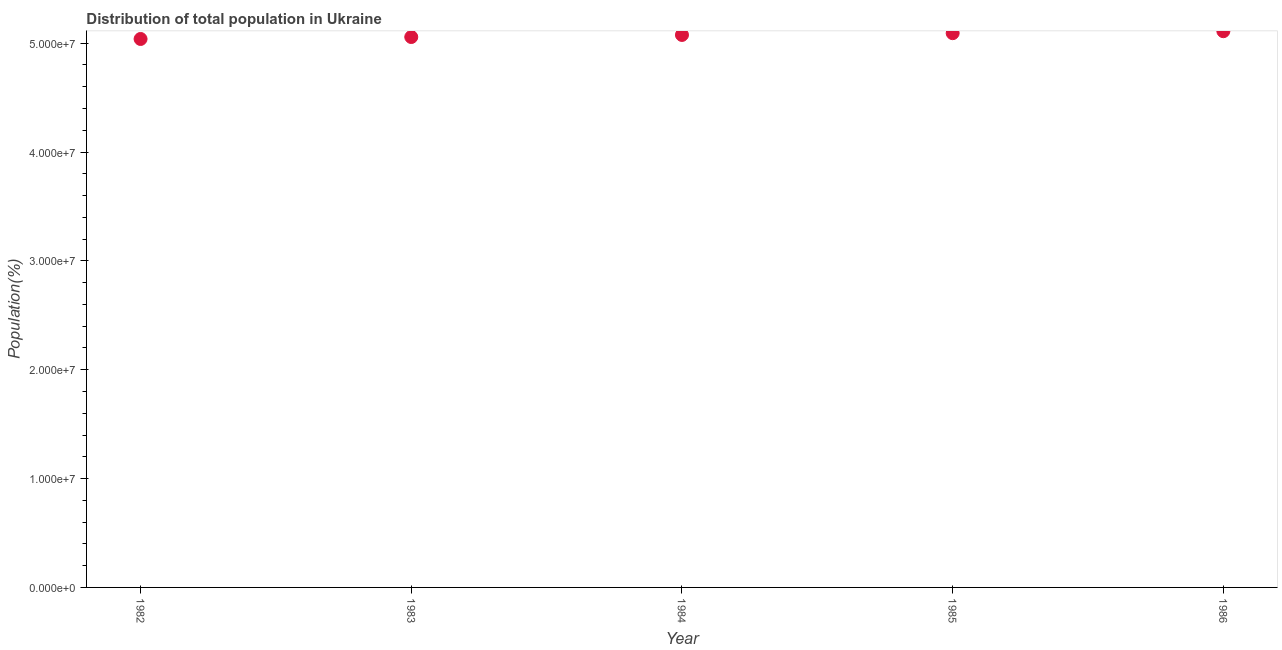
| Year | Total |
 | --- | --- |
 | 1982 | 5.04e+07 |
 | 1983 | 5.06e+07 |
 | 1984 | 5.08e+07 |
 | 1985 | 5.09e+07 |
 | 1986 | 5.11e+07 |